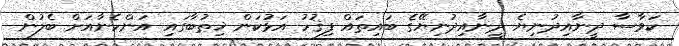
ކަވާސާ ދީނާއިދުނިޔެ ދީނާއިދުނިޔޭގެ ބައިތައް ފިޤުހު އަޅުކަން ޚިޠުބާގައި އަންހެނާއަށް ބެލުން